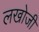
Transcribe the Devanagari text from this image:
लखोजी